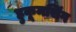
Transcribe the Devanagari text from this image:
हुकूमसिंग